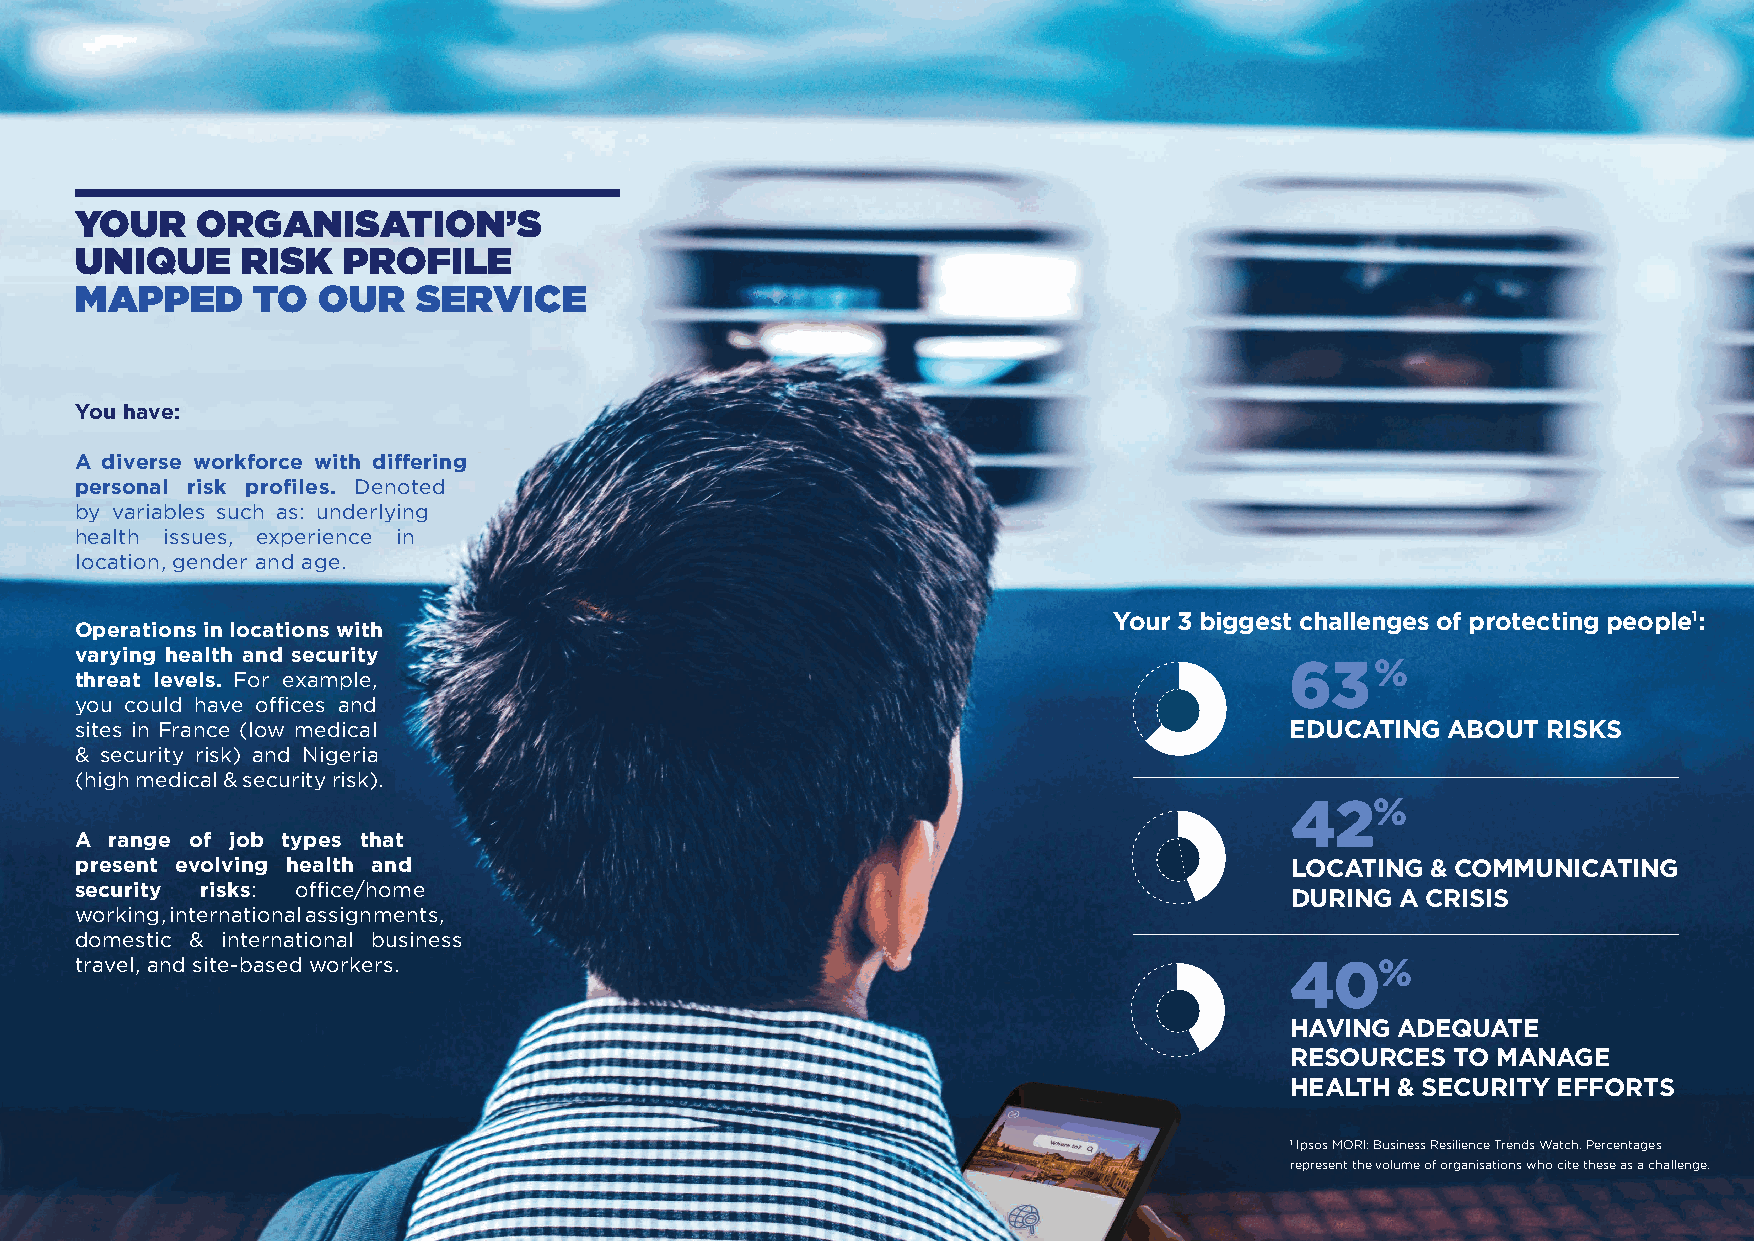
YOUR    ORGANISATION’S
 UNIQUE     RISK   PROFILE
 MAPPED      TO  OUR    SERVICE
 You have:
 A diverse workforce with differing
 personal risk profiles. Denoted
 by variables such as: underlying
 health issues, experience in
 location, gender and age.
 Your 3 biggest challenges of protecting people1:
 Operations in locations with
 varying health and security
 63%
 threat levels. For example,
 you could have offices and
 sites in France (low medical                                                    EDUCATING  ABOUT RISKS
 & security risk) and Nigeria
 (high medical & security risk).
 42%
 A range of job types that
 present evolving health and                                                     LOCATING  & COMMUNICATING
 security risks: office/home
 DURING  A CRISIS
 working, international assignments,
 domestic & international business
 travel, and site-based workers.                                                 40%
 HAVING  ADEQUATE
 RESOURCES  TO MANAGE
 HEALTH  & SECURITY EFFORTS
 1 Ipsos MORI: Business Resilience Trends Watch. Percentages
 represent the volume of organisations who cite these as a challenge.